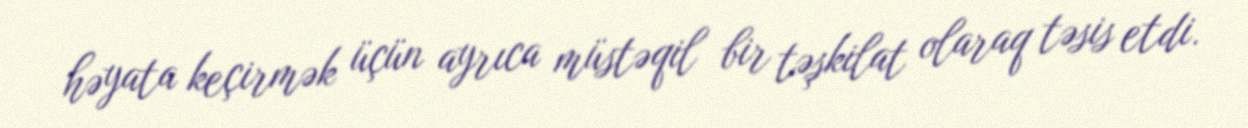
həyata keçirmək üçün ayrıca müstəqil bir təşkilat olaraq təsis etdi.